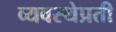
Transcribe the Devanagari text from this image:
व्यवस्थेप्रती